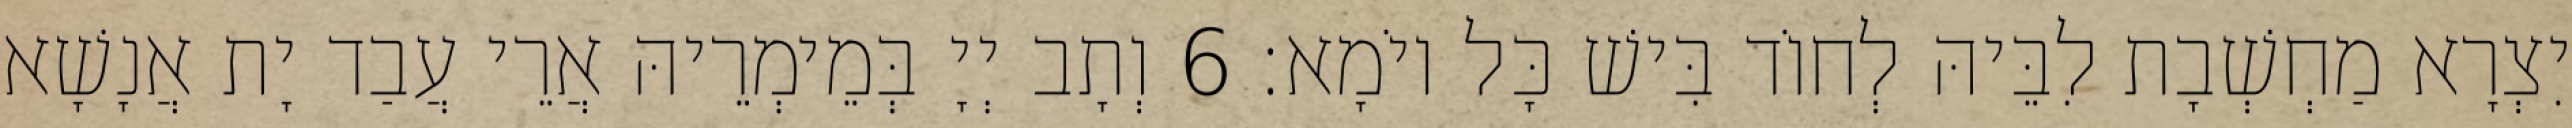
יִצְרָא מַחְשְׁבָת לִבֵּיהּ לְחוֹד בִּישׁ כָּל יוֹמָא׃ 6 וְתָב יְיָ בְּמֵימְרֵיהּ אֲרֵי עֲבַד יָת אֲנָשָׁא